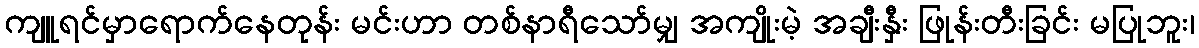
ကျူရင်မှာရောက်နေတုန်း မင်းဟာ တစ်နာရီသော်မျှ အကျိုးမဲ့ အချီးနှီး ဖြုန်းတီးခြင်း မပြုဘူး၊